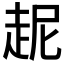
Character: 𲃋